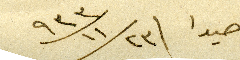
صيدا ٩٣٣/١١/٢٣